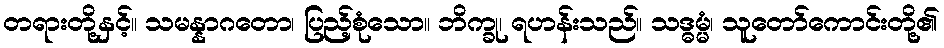
တရားတို့နှင့်။ သမန္နာဂတော၊ ပြည့်စုံသော။ ဘိက္ခု၊ ရဟန်းသည်။ သဒ္ဓမ္မံ၊ သူတော်ကောင်းတို့၏